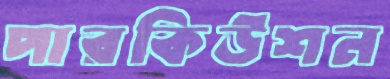
পারকিউশন